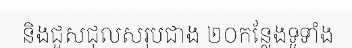
និងជួសជុលសរុបជាង ២០កន្លែងទូទាំង